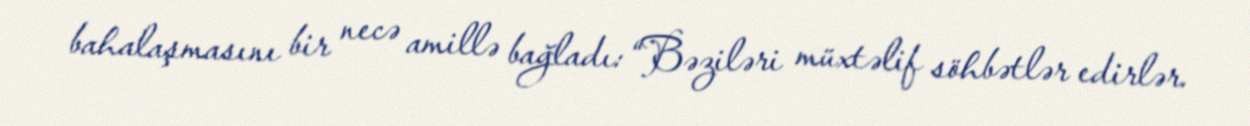
bahalaşmasını bir necə amillə bağladı: “Bəziləri müxtəlif söhbətlər edirlər.